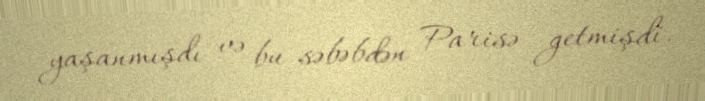
yaşanmışdı və bu səbəbdən Parisə getmişdi.